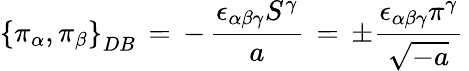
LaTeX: \left\{ \pi_{\alpha},\pi_{\beta}\right\} _{DB}\, =\, -\, \frac{\epsilon_{\alpha\beta\gamma}S^{\gamma}}{a}\, =\, \pm\frac{\epsilon_{\alpha\beta\gamma}\pi^{\gamma}}{\sqrt{-a}}\,